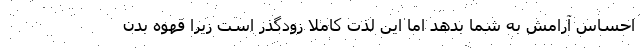
احساس آرامش به شما بدهد اما این لذت کاملاً زودگذر است زیرا قهوه بدن